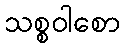
သစ္စဝါစော